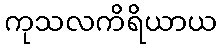
ကုသလကိရိယာယ